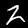
Digit: 2